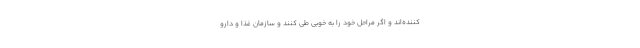
کننده‌اند و اگر مراحل خود را به خوبی طی کنند و سازمان غذا و دارو